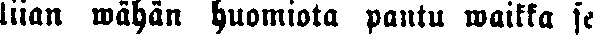
liian wähän huomiota pantu waikka se